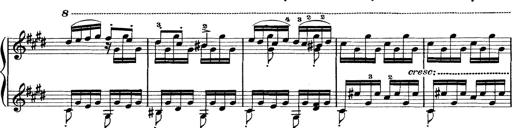
Title: Rapsodie: 19 ungheresi, 1 spagnuola
Composer: Franz Liszt